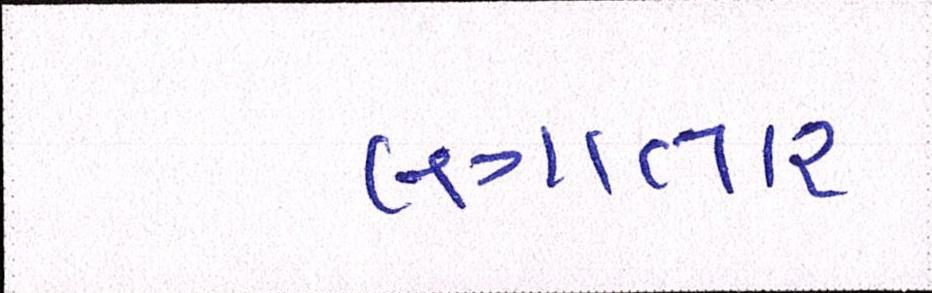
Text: લગાતાર